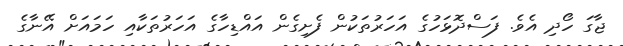
ޖާގަ ހޯދި އެވެ. ފަސްދޮޅަހުގެ އަހަރުތަކުން ފެށިގެން އައްޑިހާގެ އަހަރުތަކާއި ހަމައަށް އޭނާގެ